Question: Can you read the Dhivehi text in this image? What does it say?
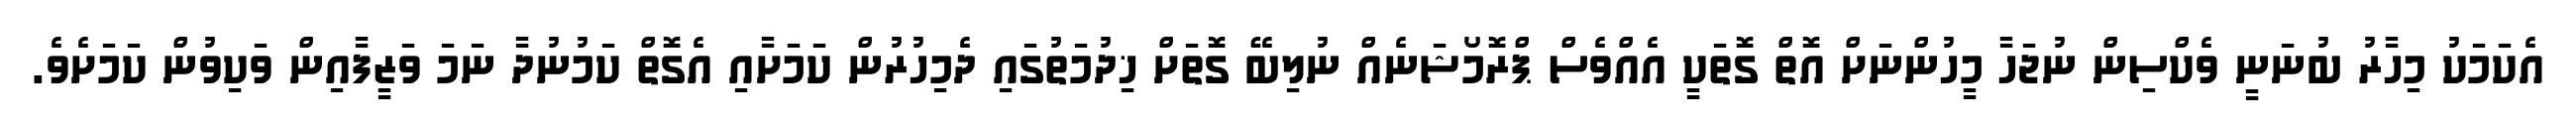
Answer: އެކަމަކު މިހާރު ބުނަނީ ވެކްސިން ނުޖަހާ މީހުންނަށް އޮތް ގޮތަކީ އެއްވެސް ޕްރޮމޯޝަނެއް ނުލިބޭ ގޮތަށް ޚިދުމަތުގައި ދެމިހުރުން ކަމަށާއި އެގޮތް ކަމުނުދާ ނަމަ ވަޒީފާއިން ވަކިވުން ކަމަށެވެ.